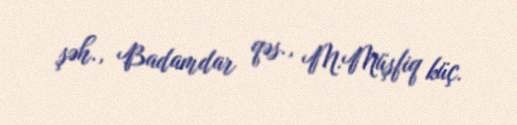
şəh., Badamdar qəs., M.Müşfiq küç.